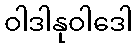
ဝါဒါနုဝါဒေါ